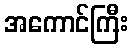
အကောင်ကြီး